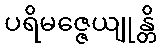
ပရိမဇ္ဇေယျုန္တိ